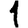
Digit: 1